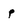
Character: p